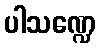
ပါသဏ္ဍေ